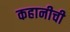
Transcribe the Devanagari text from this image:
कहानीची